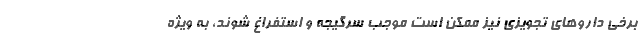
برخی داروهای تجویزی نیز ممکن است موجب سرگیجه و استفراغ شوند، به ویژه